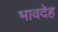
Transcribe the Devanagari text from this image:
भावदेह